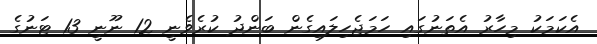
އެކަމަކު މިހާރު އެތަނުގައި ހަމަޖެހިލައިގެން ބަންދު ކުރެވެނީ 12 ނޫނީ 13 ޓަނުގެ